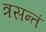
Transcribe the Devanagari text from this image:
त्रसन्तं